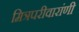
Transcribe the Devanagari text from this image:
मित्रपरीवारांणी